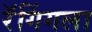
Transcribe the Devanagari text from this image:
रॅगिंगला